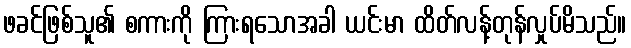
ဖခင်ဖြစ်သူ၏ စကားကို ကြားရသောအခါ ယင်းမာ ထိတ်လန့်တုန်လှုပ်မိသည်။